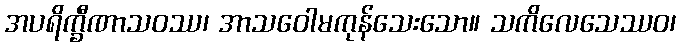
အပရိက္ခီဏာသဝဿ၊ အာသဝေါမကုန်သေးသော။ သကိလေသေဿဝ၊